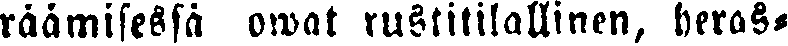
räämisessä owat rustitilallinen, heras,